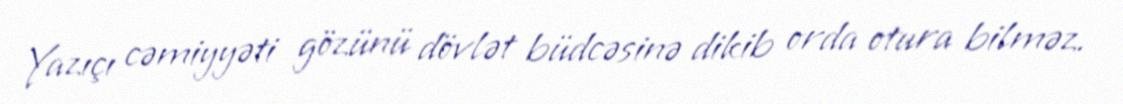
Yazıçı cəmiyyəti gözünü dövlət büdcəsinə dikib orda otura bilməz.